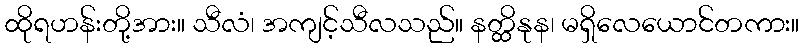
ထိုရဟန်းတို့အား။ သီလံ၊ အကျင့်သီလသည်။ နတ္ထိနုန၊ မရှိလေယောင်တကား။